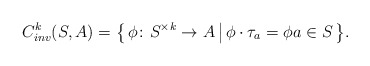
\begin{align*}C^k_{inv}(S,A) & = \big\{\, \phi\colon S^{\times k} \rightarrow A \,\big|\, \phi \cdot \tau_a = \phi a \in S \,\big\}.\end{align*}